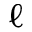
\boldsymbol { \ell }